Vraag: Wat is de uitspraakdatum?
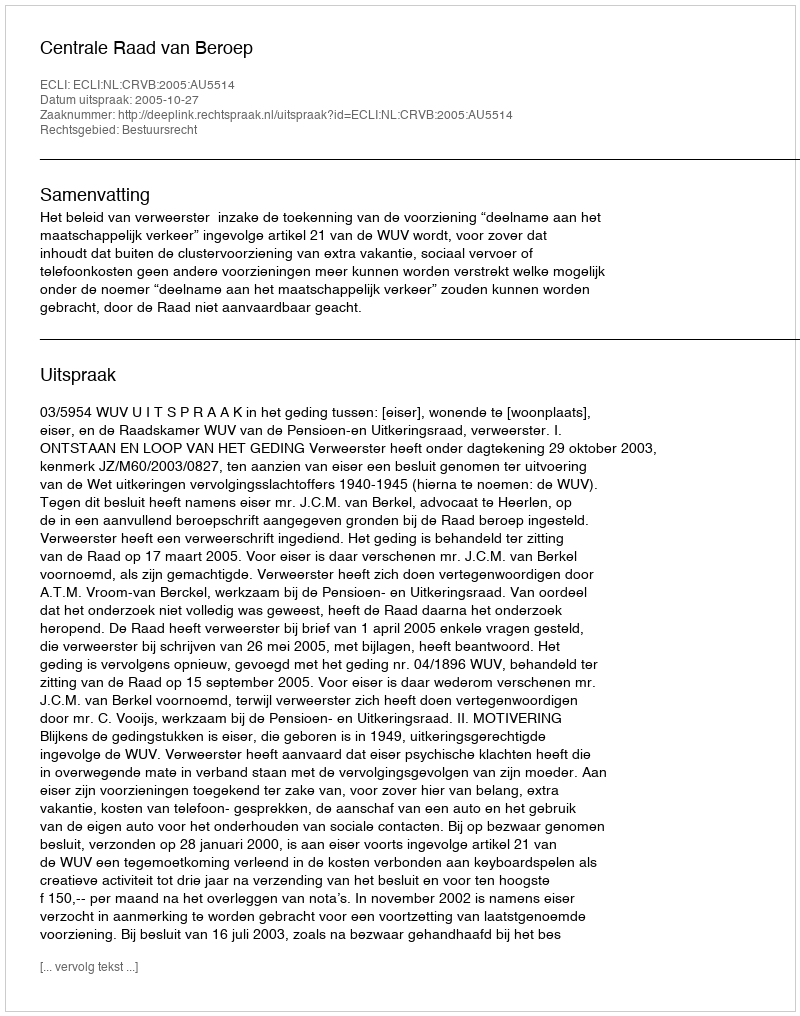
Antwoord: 2005-10-27